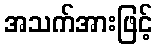
အသက်အားဖြင့်